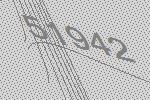
51942